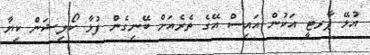
އުޅޭ ޕާރޓީ އަކުން އައިސް އޭގެ ތެރެއަށް ބޭނިގެން ފުޅާ ކޯލިޝަން ކިޔާ